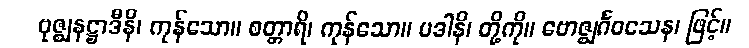
ဗုဇ္ဈနဋ္ဌာဒီနိ၊ ကုန်သော။ စတ္တာရိ၊ ကုန်သော။ ပဒါနိ၊ တို့ကို။ ဗောဇ္ဈင်္ဂဝသေန၊ ဖြင့်။